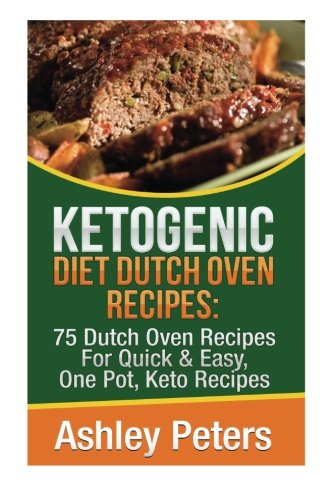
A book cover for Ketogenic Diet Dutch Oven Recipes: 75 Dutch Oven Recipes For Quick & Easy, One Pot, Keto Recipes; Ashley Peters; Cookbooks, Food & Wine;